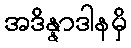
အဒိန္နာဒါနမှိ